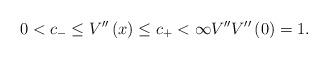
LaTeX: \begin{align*}0<c_{-}\leq V^{\prime \prime }\left( x\right) \leq c_{+}<\infty V^{\prime \prime }V^{\prime \prime}\left( 0\right) =1. \end{align*}